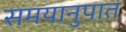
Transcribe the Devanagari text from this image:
समयानुपात